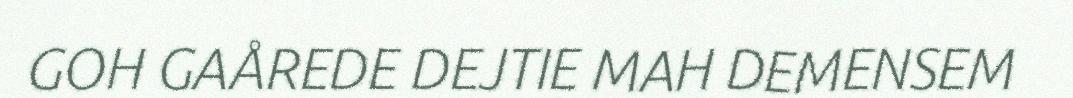
GOH GAÅREDE DEJTIE MAH DEMENSEM